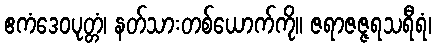
ဧကံဒေဝပုတ္တံ၊ နတ်သားတစ်ယောက်ကို။ ဇရာဇဇ္ဇရသရီရံ၊